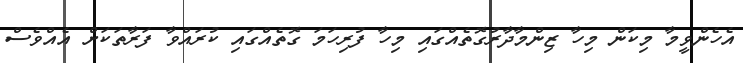
އެހެންވީމާ މިކަން މިހާ ޒިންމާދާރުގޮތެއްގައި މިހާ ފުރިހަމަ ގޮތެއްގައި ކުރައްވާ ފަރާތަކަށް އެއްވެސް